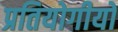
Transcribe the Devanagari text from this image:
प्रतियोगीयों